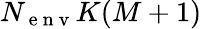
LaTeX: N_{\mathrm{~e~n~v~}}K(M+1)